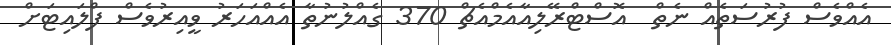
އެއްވެސް ފުރުސަތެއް ނެތް  އޮސްޓްރޭލިއާއެމްއެޗް 370 ގެއްލުނުތާ އެއްއަހަރު ވީއިރުވެސް ފްލައިޓަށް